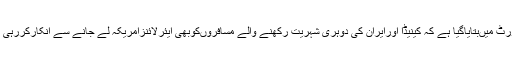
رپورٹ میںبتایاگیا ہے کہ کینیڈا اورایران کی دوہری شہریت رکھنے والے مسافروںکوبھی ایئرلائنزامریکہ لے جانے سے انکارکررہی ہیں۔